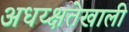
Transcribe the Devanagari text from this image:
अधय्क्षतेखाली